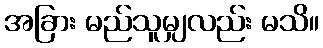
အခြား မည်သူမျှလည်း မသိ။